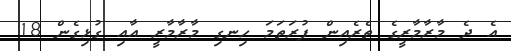
އެ ދެ މާރާމާރީގެ ތެރެއިން ފުރަތަމަ ހިނގި މާރާމާރީ އާއި ގުޅިގެން 18